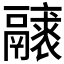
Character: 𩱝